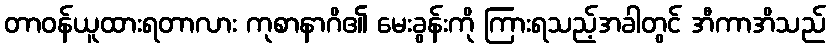
တာဝန်ယူထားရတာလား ကုစာနာဂိ၏ မေးခွန်းကို ကြားရသည့်အခါတွင် အီကာအိသည်